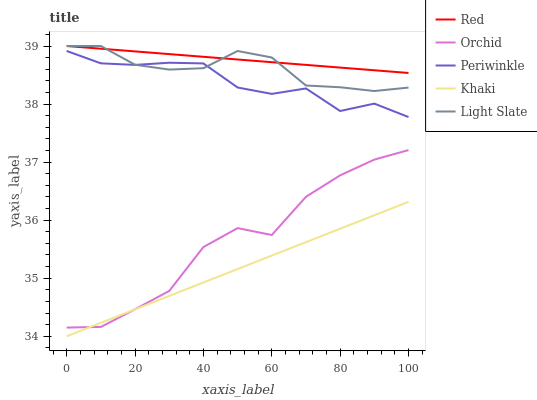
| xaxis_label | Red | Orchid | Periwinkle | Khaki | Light Slate |
 | --- | --- | --- | --- | --- | --- |
 | 0 | 39 | 34.1 | 38.9 | 34 | 39 |
 | 10 | 39 | 34.2 | 38.7 | 34.2 | 39 |
 | 20 | 38.9 | 34.5 | 38.7 | 34.5 | 38.7 |
 | 30 | 38.9 | 34.8 | 38.7 | 34.7 | 38.6 |
 | 40 | 38.8 | 35.5 | 38.7 | 34.9 | 38.6 |
 | 50 | 38.8 | 35.9 | 38.3 | 35.2 | 38.9 |
 | 60 | 38.7 | 35.7 | 38.2 | 35.4 | 38.8 |
 | 70 | 38.7 | 36.4 | 38.3 | 35.6 | 38.3 |
 | 80 | 38.6 | 36.8 | 37.9 | 35.9 | 38.3 |
 | 90 | 38.6 | 37 | 38 | 36.1 | 38.2 |
 | 100 | 38.5 | 37.2 | 37.8 | 36.3 | 38.3 |